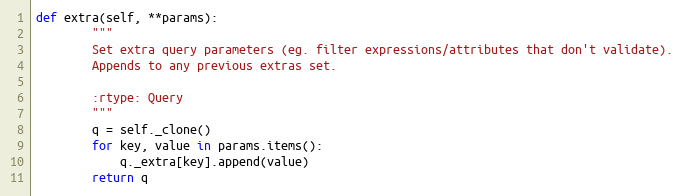
Language: Python
def extra(self, **params):
        """
        Set extra query parameters (eg. filter expressions/attributes that don't validate).
        Appends to any previous extras set.

        :rtype: Query
        """
        q = self._clone()
        for key, value in params.items():
            q._extra[key].append(value)
        return q